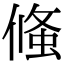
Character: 䖺